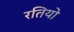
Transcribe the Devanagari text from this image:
रतियो